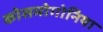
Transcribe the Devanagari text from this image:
कोसमोगोनिया